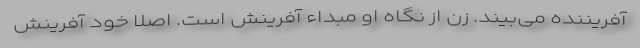
آفریننده می‌بیند. زن از نگاه او مبداء آفرینش است. اصلاً خود آفرینش